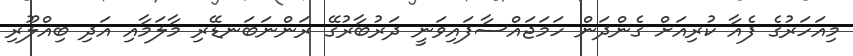
މިއަހަރުގެ ފެއާ ކުރިއަށް ގެންދަން ހަމަޖައްސާފައިވަނީ ދަރުބާރުގޭ ރަންނަބަނޑޭރި މާލަމާއި އަދި ބިއްލޫރި